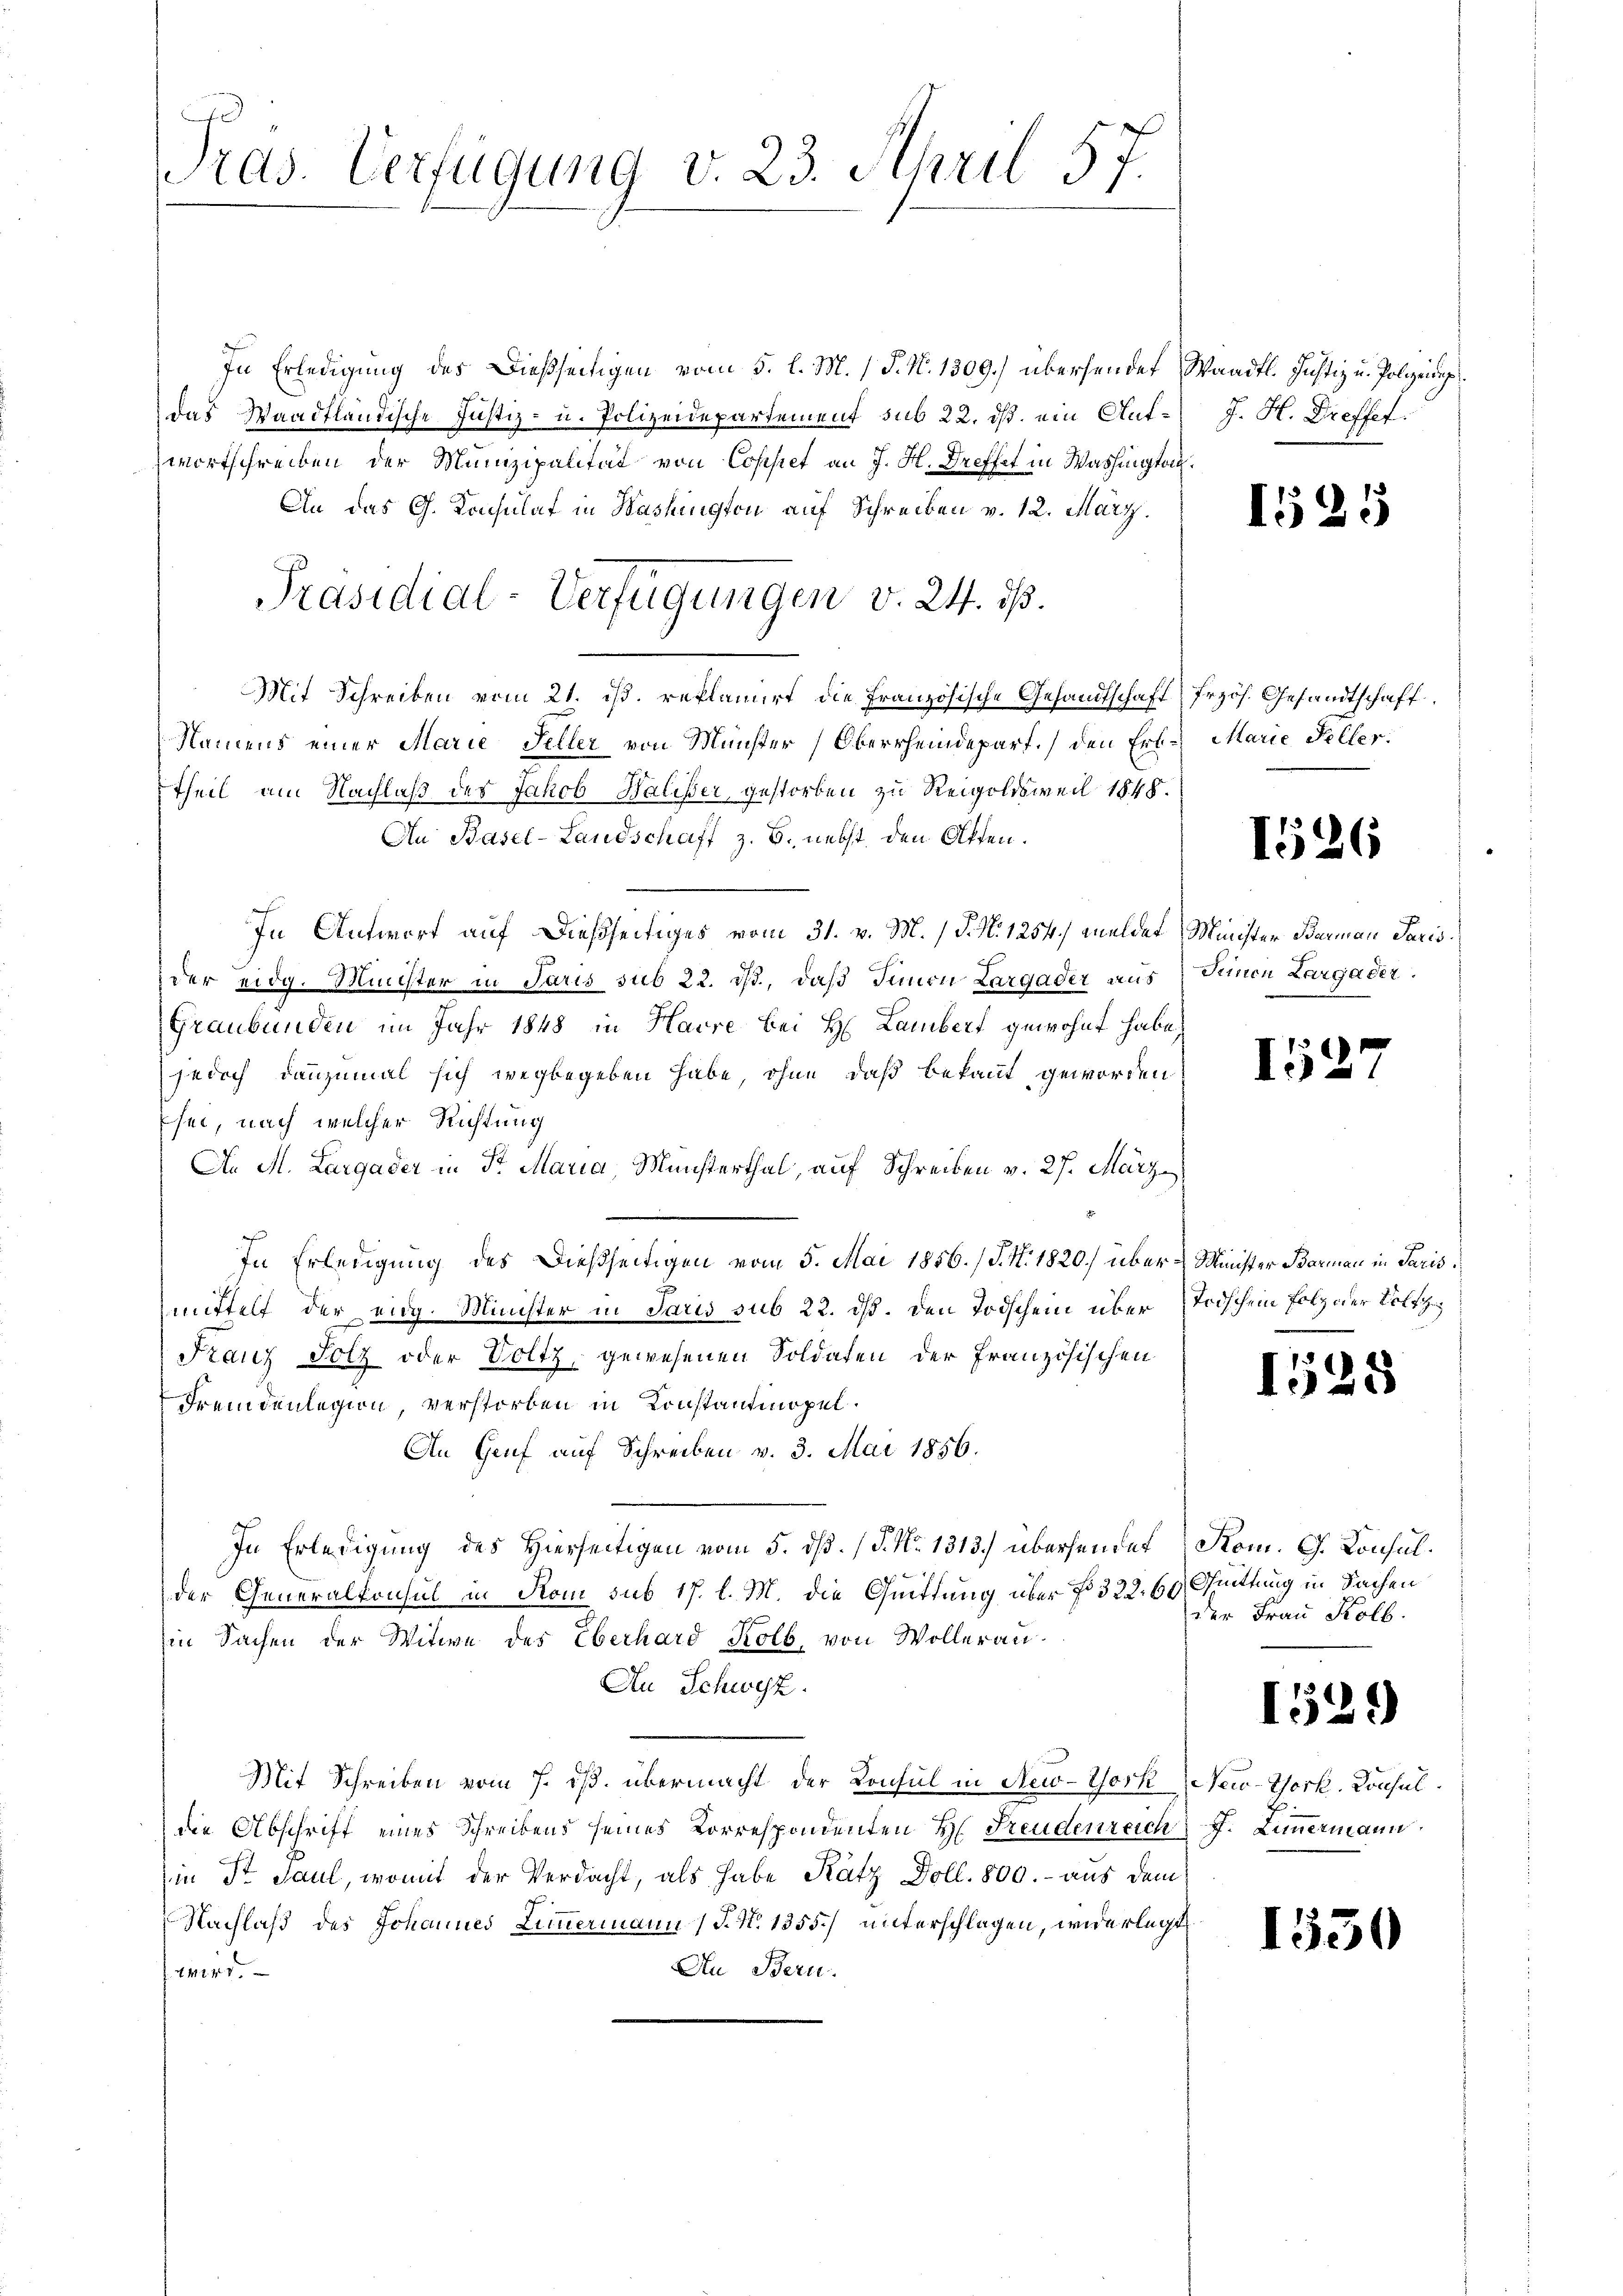
In Erledigung des Dießseitigen vom 5. l. M. (T. N. 1309.) übersendet, Waadt. Justiz u. Polizeing
das Waadtländische Justiz- u. Polizeidepartement sub 22. ds. ein Ant-J. H. Treffet.
wortschreiben der Munizipalität von Copstet an J. H. Dreffet in Washington¬
An das G. Konsulat in Washington auf Schreiben v. 12. März.
Mit Schreiben vom 21. ist. reklamirt die Französische Gesandtschaft) frzös. Gesandtschaft
Namens einer Marie Feller von Münster Oberrheindepart.) den Erl. Marie Seller
theil am Nachlaß des Jakob Baliser, gestorben zu Reigoldsweil 1848.
An Basel-Landschaft z. B. nebst den Offen.
In Antwort auf dießseitiges vom 31. v. M. / P. N. 1254) meldet Minister Baumann Paris
der eidg. Minister in Juris sub 22. ds., daß Simon Largader aus Seinen Largäder.
Graubünden im Jahr 1848 in Harre bei H. Lambert gewohnt habe,
jedoch dannzumal sich wegbegeben habe ohne daß bekannt geworden
sei, nach welcher Richtung
An M. Largader in Sr Maria, Münsterthal, auf Schreiben v. 27. März
In Erledigung des Dießseitigen vom 5. Mai 1856. / J. N. 1820.) über-Minister Barmann in Paris
mittelt der eidg. Minister in Paris sub 22. dß. Den Todschein über Todschein Folz der Volt
Franz Holz oder Voltz, gewesenen Soldaten der Französischen
Fremdenlegion, verstorben in Konstantinopel.
An Genf auf Schreiben v. 3. Mai 1856.
In Erledigung des Hierseitigen vom 5. dß. (T. No. 1313) übersendet Rom. G. Konsul¬
8
der Generalkonsul in Rom sub 17. l. M. die Quittung über No 322. 60. Quittung in Sachen
Ein Sachen der Witwe des Eberhard Kolb, von Wollerau¬
An Schwyz.
Mit Schreiben vom 7. iß. übermacht der Konsul in New-York New-York, Konsuldie Abschrift eines Schreibens seines Korrespondenten H. Freudenreich J. Limmermann
in St. Paul, womit der Verdacht, als habe Kätz Doll. 800.- aus dem
Nachlaß des Johannes Limmermann (T. N. 1355. unterschlagen, widerlegt
An Bern.
44140.

u
Pras. Verfügung v. 23. April 57.

Präsidial-Verfügungen v. 24. ds.

1525

1526

I527

1528

der Frau Kolb.

1529

1530